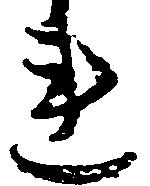
連